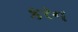
કરન